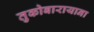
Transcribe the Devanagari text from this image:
तुकोबारायाना